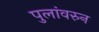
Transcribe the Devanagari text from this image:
पुलांवरुन